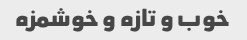
خوب و تازه و خوشمزه